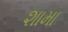
શામા